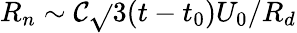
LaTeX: R_{n}\sim\mathcal{C}\sqrt{}{{3(t-t_{0})U_{0}/R_{d}}}